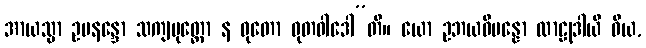
အာယသ္မာ ဥပနန္ဒော သကျပုတ္တော န ဓုတော ဓုတဝါဒေါ”တိ။ ယော ဥဘယဝိပန္နော လာဠုဒါယီ ဝိယ,